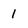
Character: 1